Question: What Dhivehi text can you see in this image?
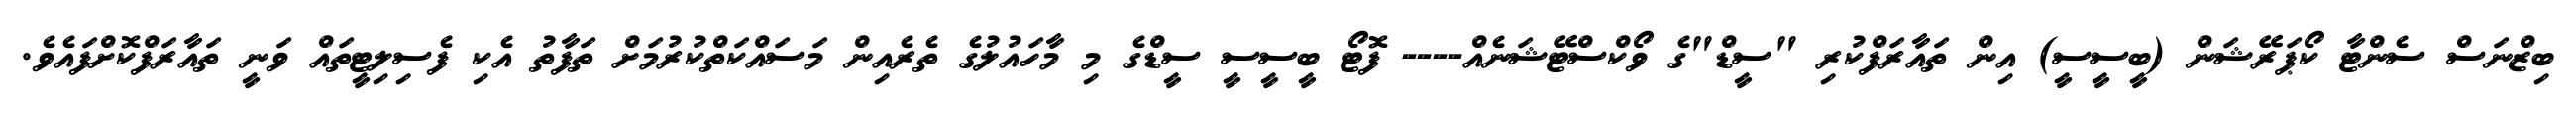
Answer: ބިޒްނަސް ސެންޓާ ކޯޕަރޭޝަން (ބީސީސީ) އިން ތައާރަފްކުރި "ސީޑް"ގެ ވޯކްސްޓޭޝަނެއް---- ފޮޓޯ ބީސީސީ ސީޑްގެ މި މާހައުލުގެ ތެރެއިން މަސައްކަތްކުރުމަށް ތަފާތު އެކި ފެސިލިޓީތައް ވަނީ ތައާރަފްކޮށްފައެވެ.